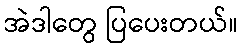
အဲဒါတွေ ပြပေးတယ်။